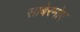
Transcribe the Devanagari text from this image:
साबेरमोए